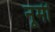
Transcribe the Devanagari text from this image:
नूमी